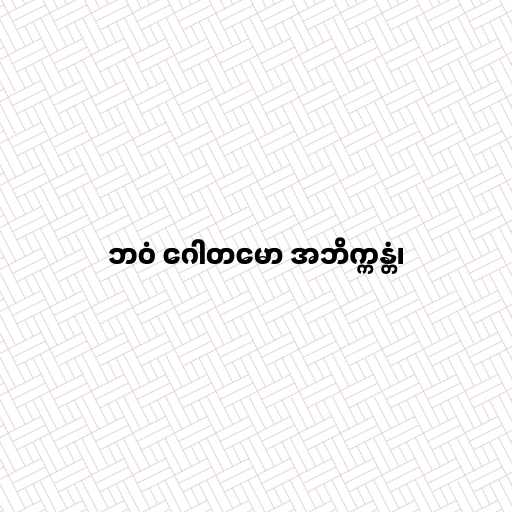
ဘဝံ ဂေါတမော အဘိက္ကန္တံ၊